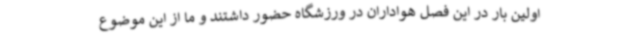
اولین بار در این فصل هواداران در ورزشگاه حضور داشتند و ما از این موضوع